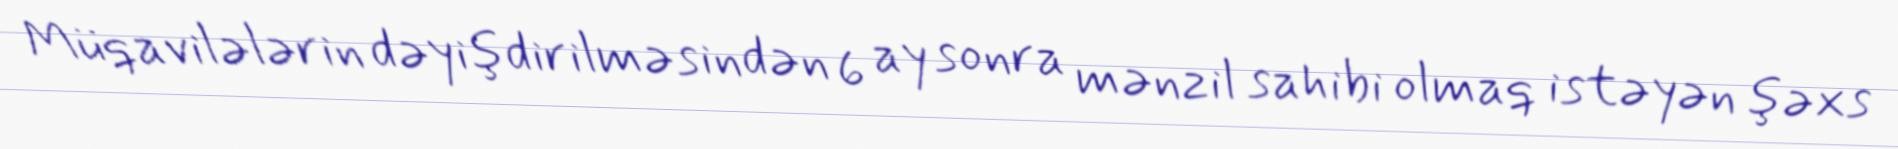
Müqavilələrin dəyişdirilməsindən 6 ay sonra mənzil sahibi olmaq istəyən şəxs